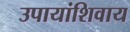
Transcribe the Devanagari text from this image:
उपायांशिवाय